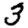
Digit: 3